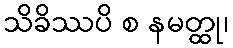
သိခိဿပိ စ နမတ္ထု၊